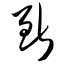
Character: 断